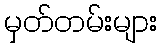
မှတ်တမ်းများ